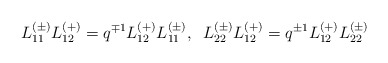
\begin{align*}L_{11}^{(\pm)}L_{12}^{(+)}=q^{\mp 1}L_{12}^{(+)}L_{11}^{(\pm)},\;\;L_{22}^{(\pm)}L_{12}^{(+)}=q^{\pm 1}L_{12}^{(+)}L_{22}^{(\pm)}\end{align*}